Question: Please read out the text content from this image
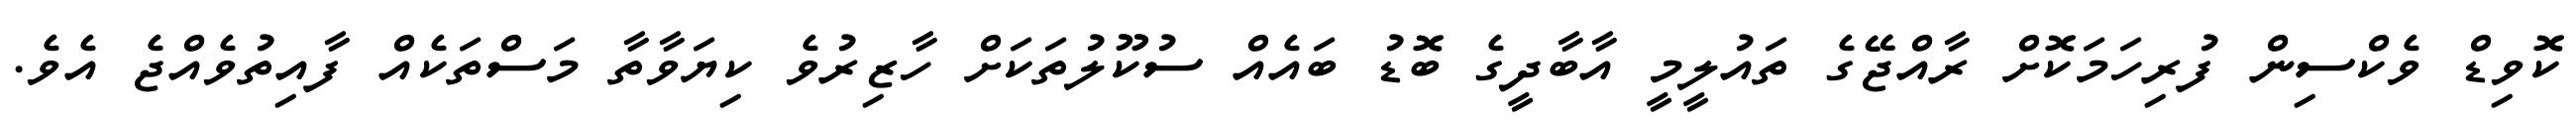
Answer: ކޮވިޑް ވެކްސިން ފުރިހަމަކޮށް ރާއްޖޭގެ ތައުލީމީ އާބާދީގެ ބޮޑު ބައެއް ސުކޫލުތަކަށް ހާޒިރުވެ ކިޔަވާތާ މަސްތަކެއް ފާއިތުވެއްޖެ އެވެ.